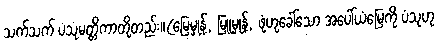
သက်သက် ပံသုမတ္တိကာတို့တည်း။(မြေမှုန့်, မြူမှုန့်, ဖုံဟုခေါ်သော အပေါ်ယံမြေကို ပံသုဟု